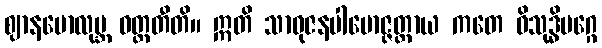
ဈာနမောလုဗ္ဘ ဝတ္တတီတိ။ ဣတိ သာဓုဇနပါမောဇ္ဇတ္ထာယ ကတေ ဝိသုဒ္ဓိမဂ္ဂေ